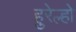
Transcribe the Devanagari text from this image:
हुरेल्हो